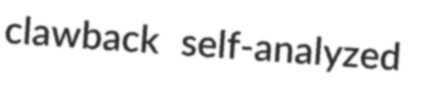
clawback self-analyzed